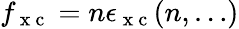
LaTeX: f_{\mathrm{~x~c~}}=n\epsilon_{\mathrm{~x~c~}}(n,\dots)